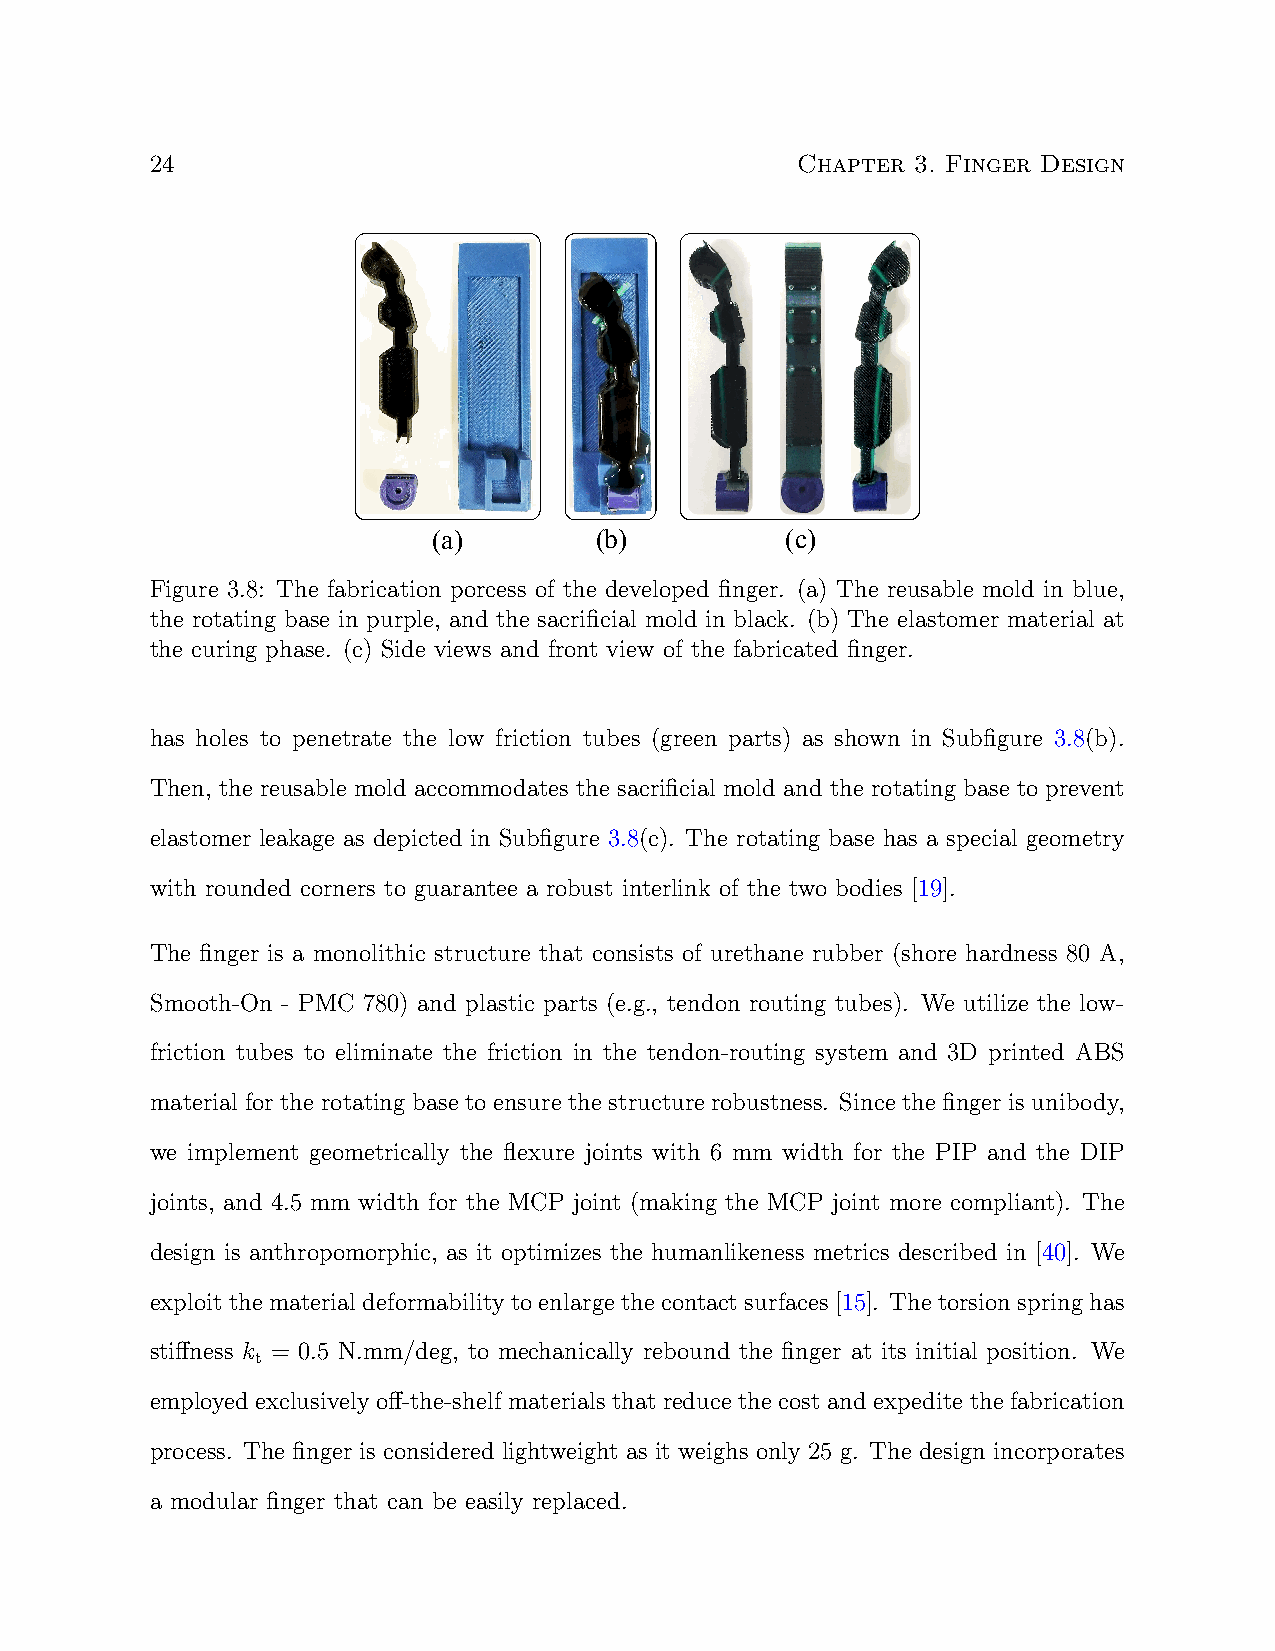
24                                         Chapter 3. Finger Design
 (a)       (b)          (c)
 Figure 3.8: The fabrication porcess of the developed finger. (a) The reusable mold in blue,
 the rotating base in purple, and the sacrificial mold in black. (b) The elastomer material at
 the curing phase. (c) Side views and front view of the fabricated finger.
 has holes to penetrate the low friction tubes (green parts) as shown in Subfigure 3.8(b).
 Then, the reusable mold accommodates the sacrificial mold and the rotating base to prevent
 elastomer leakage as depicted in Subfigure 3.8(c). The rotating base has a special geometry
 with rounded corners to guarantee a robust interlink of the two bodies [19].
 The finger is a monolithic structure that consists of urethane rubber (shore hardness 80 A,
 Smooth-On - PMC 780) and plastic parts (e.g., tendon routing tubes). We utilize the low-
 friction tubes to eliminate the friction in the tendon-routing system and 3D printed ABS
 material for the rotating base to ensure the structure robustness. Since the finger is unibody,
 we implement geometrically the flexure joints with 6 mm width for the PIP and the DIP
 joints, and 4.5 mm width for the MCP joint (making the MCP joint more compliant). The
 design is anthropomorphic, as it optimizes the humanlikeness metrics described in [40]. We
 exploit the material deformability to enlarge the contact surfaces [15]. The torsion spring has
 stiffness k = 0.5 N.mm/deg, to mechanically rebound the finger at its initial position. We
 t
 employed exclusively off-the-shelf materials that reduce the cost and expedite the fabrication
 process. The finger is considered lightweight as it weighs only 25 g. The design incorporates
 a modular finger that can be easily replaced.